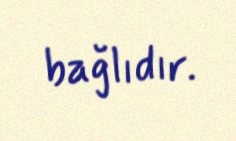
bağlıdır.